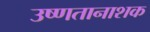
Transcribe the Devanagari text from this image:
उष्णतानाशक